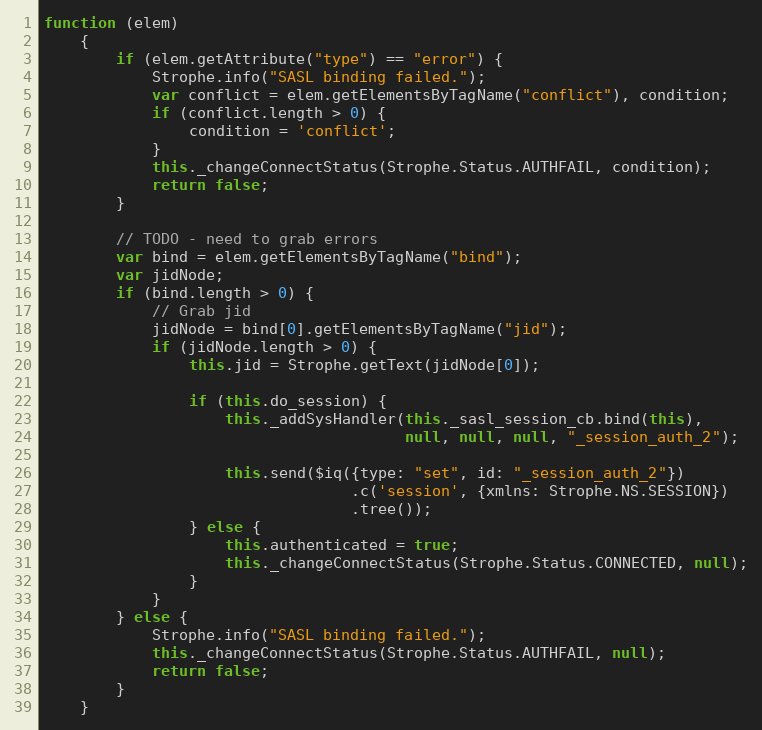
Language: JavaScript
function (elem)
    {
        if (elem.getAttribute("type") == "error") {
            Strophe.info("SASL binding failed.");
            var conflict = elem.getElementsByTagName("conflict"), condition;
            if (conflict.length > 0) {
                condition = 'conflict';
            }
            this._changeConnectStatus(Strophe.Status.AUTHFAIL, condition);
            return false;
        }

        // TODO - need to grab errors
        var bind = elem.getElementsByTagName("bind");
        var jidNode;
        if (bind.length > 0) {
            // Grab jid
            jidNode = bind[0].getElementsByTagName("jid");
            if (jidNode.length > 0) {
                this.jid = Strophe.getText(jidNode[0]);

                if (this.do_session) {
                    this._addSysHandler(this._sasl_session_cb.bind(this),
                                        null, null, null, "_session_auth_2");

                    this.send($iq({type: "set", id: "_session_auth_2"})
                                  .c('session', {xmlns: Strophe.NS.SESSION})
                                  .tree());
                } else {
                    this.authenticated = true;
                    this._changeConnectStatus(Strophe.Status.CONNECTED, null);
                }
            }
        } else {
            Strophe.info("SASL binding failed.");
            this._changeConnectStatus(Strophe.Status.AUTHFAIL, null);
            return false;
        }
    }